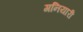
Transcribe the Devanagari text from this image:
गनियारी